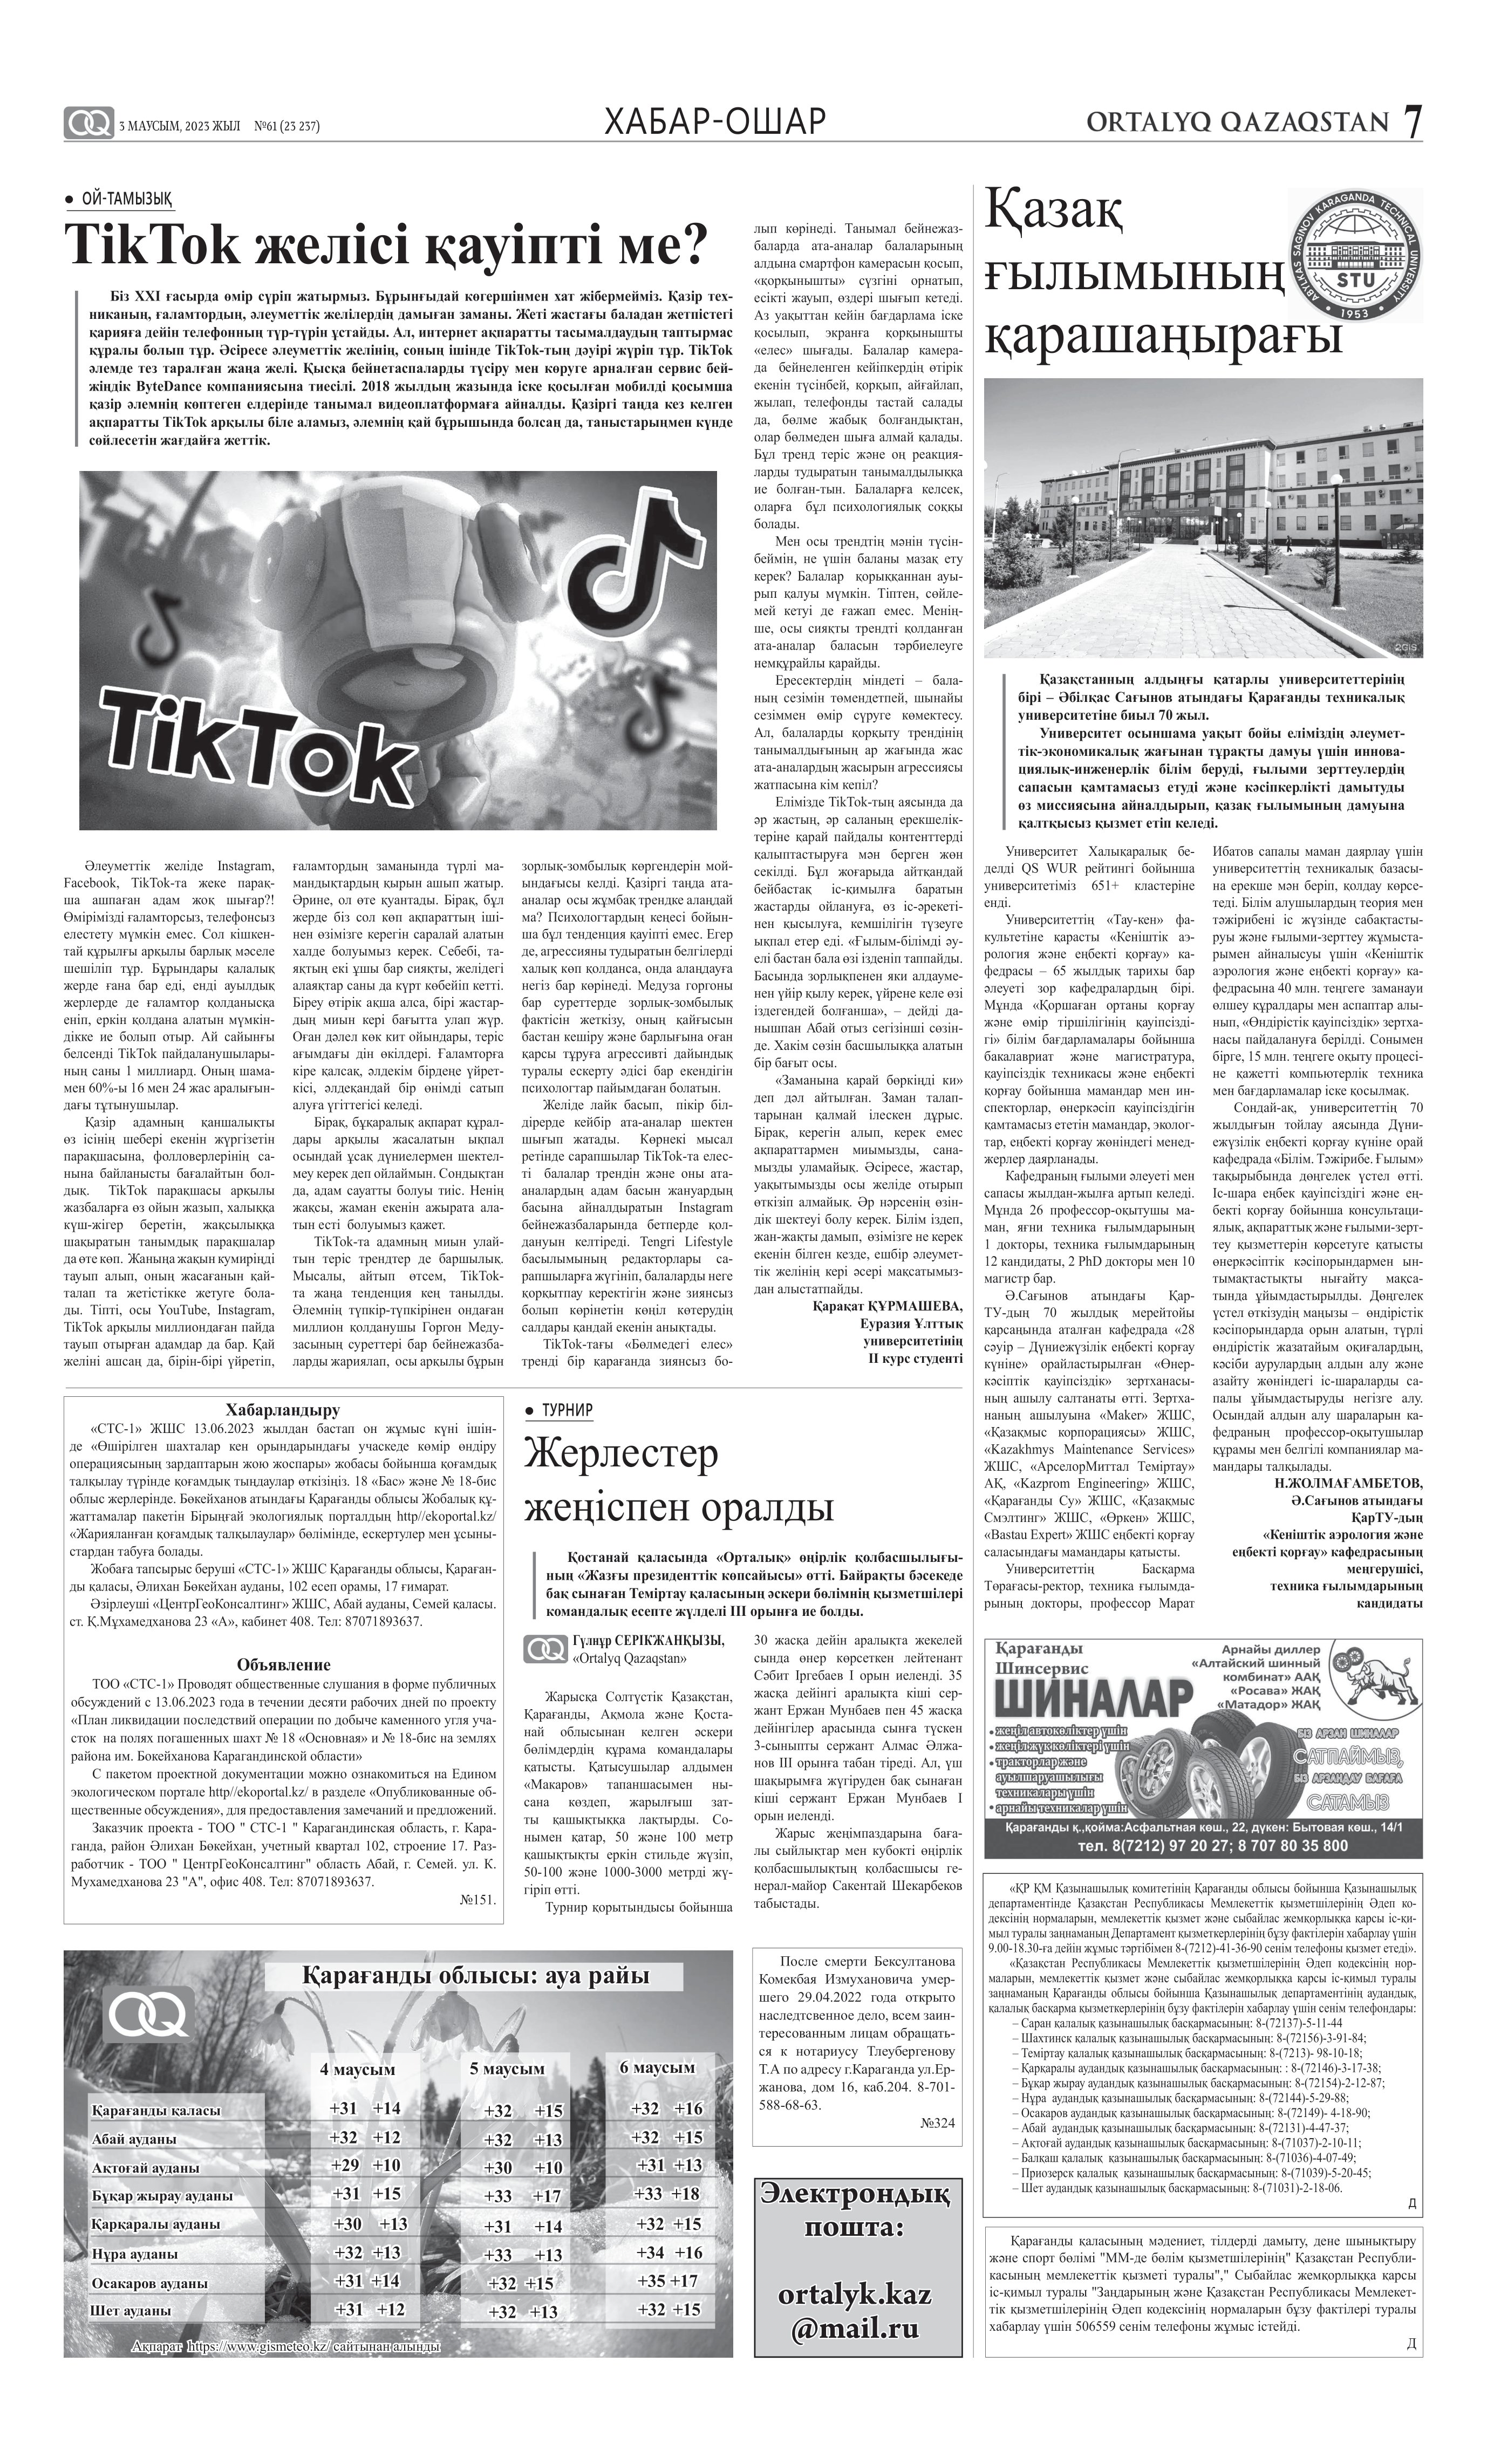
Language: kk